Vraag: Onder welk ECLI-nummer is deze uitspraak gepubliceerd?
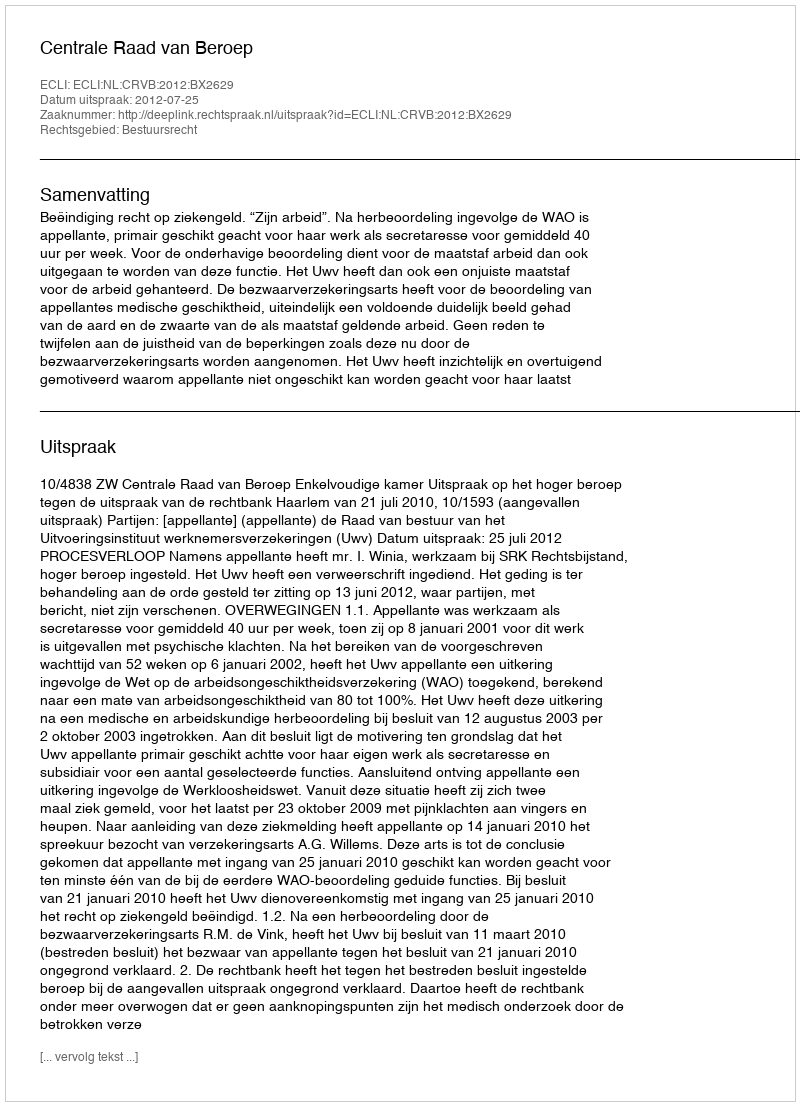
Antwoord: ECLI:NL:CRVB:2012:BX2629